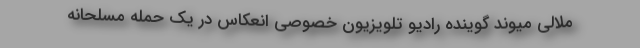
ملالی میوند گوینده رادیو تلویزیون خصوصی انعکاس در یک حمله مسلحانه